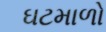
ઘટમાળો